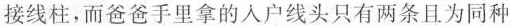
接线柱，而爸爸手里拿的入户线头只有两条且为同种